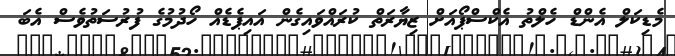
މެޑިކަލް އެންޑް ހެލްތު އެކްސްޕޯއަށް ޒިޔާރަތް ކުރައްވައިގެން އައިޕެޑެއް ހޯދުމުގެ ފުރުސަތުވެސް އެބަ